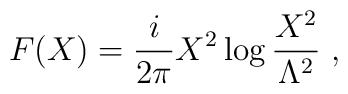
F(X)= \frac{i}{2\pi}X^2 \log \frac{X^2}{\Lambda^2}\ ,